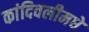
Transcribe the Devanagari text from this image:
कांदिवलीमधे